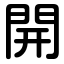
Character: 開